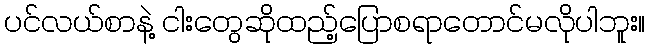
ပင်လယ်စာနဲ့ ငါးတွေဆိုထည့်ပြောစရာတောင်မလိုပါဘူး။